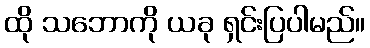
ထို သဘောကို ယခု ရှင်းပြပါမည်။